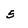
Character: 5